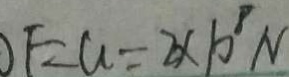
O F = a = 2 \times 1 0 ^ { 8 } N